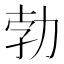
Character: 勃